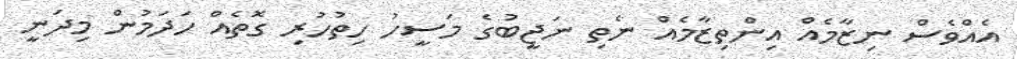
އެއްވެސް ނިޒާމެއް އިންތިޒާމެއް ނެތި ނަޖީބުގެ މަސީހު ހިތުހުރި ގޮތެއް ހަދަމުން މިދަނީ